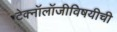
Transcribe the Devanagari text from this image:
टेक्नॉलॉजीविषयीची